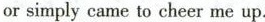
or simply came to cheer me up.